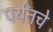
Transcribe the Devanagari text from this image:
पर्यँतचे